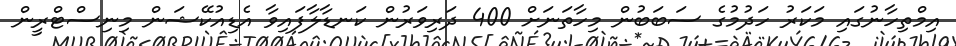
އިމްތިހާނުގައި މަކަރު ހަދުމުގެ ސަބަބުން މިހާތަނަށް 400 ދަރިވަރުން ކަނޑާލާފައިވާ އެޑިއުކޭޝަން މިނިސްޓްރީން